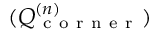
( Q _ { \mathrm { ~ c ~ o ~ r ~ n ~ e ~ r ~ } } ^ { ( n ) } )